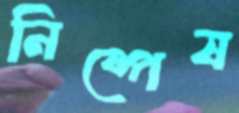
নিষ্পেষ